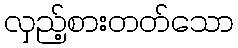
လှည့်စားတတ်သော